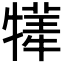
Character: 𤛫